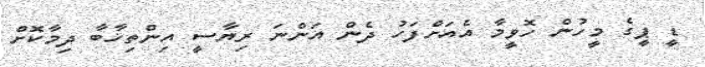
ޑީ ޕީގެ މީހުން ހޮވީމާ އެއަށްފަހު ދެން އަންނަ ރިޔާސީ އިންތިޚާބާ ދިމާކޮށް